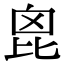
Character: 𣬉